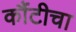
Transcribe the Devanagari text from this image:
कौंटीचा